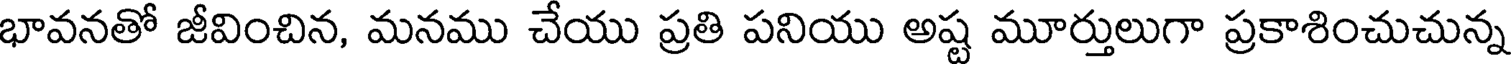
భావనతో జీవించిన, మనము చేయు ప్రతి పనియు అష్ట మూర్తులుగా ప్రకాశించుచున్న